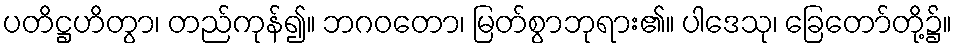
ပတိဋ္ဌဟိတွာ၊ တည်ကုန်၍။ ဘဂဝတော၊ မြတ်စွာဘုရား၏။ ပါဒေသု၊ ခြေတော်တို့၌။